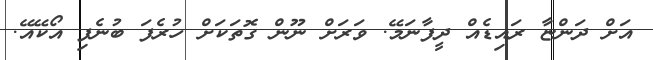
އަށް ދަންޏާ ރައިޑެއް ދީފާނަމޭ. ވަރަށް ނޫން ގޮތަކަށް ހުރެފަ ބުނެފި އޯކޭއޭ.